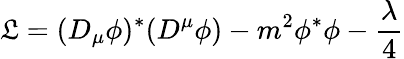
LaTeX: {\cal\mathfrak{L}}=(D_{\mu}\phi)^{*}(D^{\mu}\phi)-m^{2}\phi^{*}\phi-\frac{\lambda}{4}